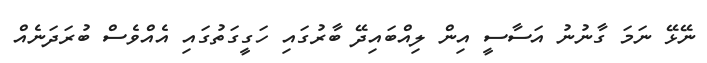
ނޭޅޭ ނަމަ ގާނުނު އަސާސީ އިން ލިއްބައިދޭ ބާރުގައި ހަގީގަތުގައި އެއްވެސް ބުރަދަނެއް